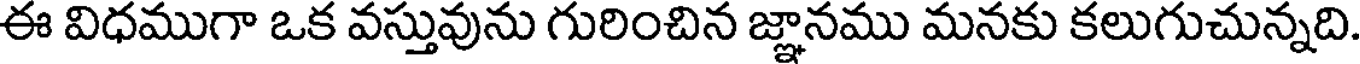
ఈ విధముగా ఒక వస్తువును గురించిన జ్ఞానము మనకు కలుగుచున్నది